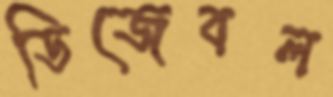
ডিজেবল